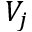
V _ { j }